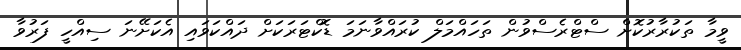
ވީމާ ތަކުރާރުކޮށް ސްޓްރެސްވުން ތަހައްމަލް ކުރައްވާނަމަ ޑޮކްޓަރަކަށް ދައްކަވައި އެކަށޭނަ ސިއްހީ ފަރުވާ